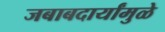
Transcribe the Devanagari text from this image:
जबाबदार्यांमुळे